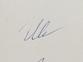
Signature authenticity: genuine